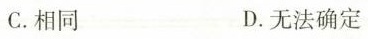
C.相同 D.无法确定